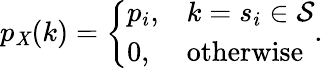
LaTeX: p_{\mathit{X}}(k)={\left\{ \begin{array}{ll}{p_{i},}&{k=s_{i}\in{\mathcal{S}}}\\ {0,}&{{\mathrm{otherwise}}}\end{array}\right.}.